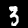
Digit: 3